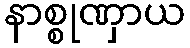
နာစ္စုဏှာယ